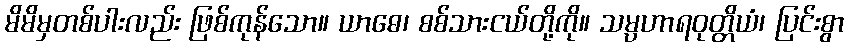
မိမိမှတစ်ပါးလည်း ဖြစ်ကုန်သော။ ယာဓေ၊ စစ်သားငယ်တို့ကို။ သမ္ပဟာရဝုတ္တိယံ၊ ပြင်းစွာ